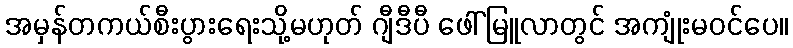
အမှန်တကယ်စီးပွားရေးသို့မဟုတ် ဂျီဒီပီ ဖေါ်မြူလာတွင် အကျုံးမဝင်ပေ။